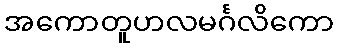
အကောတူဟလမင်္ဂလိကော